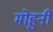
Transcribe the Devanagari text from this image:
मोहुनी